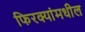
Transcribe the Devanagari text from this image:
फिरक्यांमधील